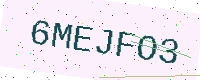
Text: 6MEJFO3